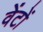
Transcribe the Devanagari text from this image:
वेंटों